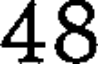
48